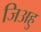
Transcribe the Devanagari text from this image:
जिअहु